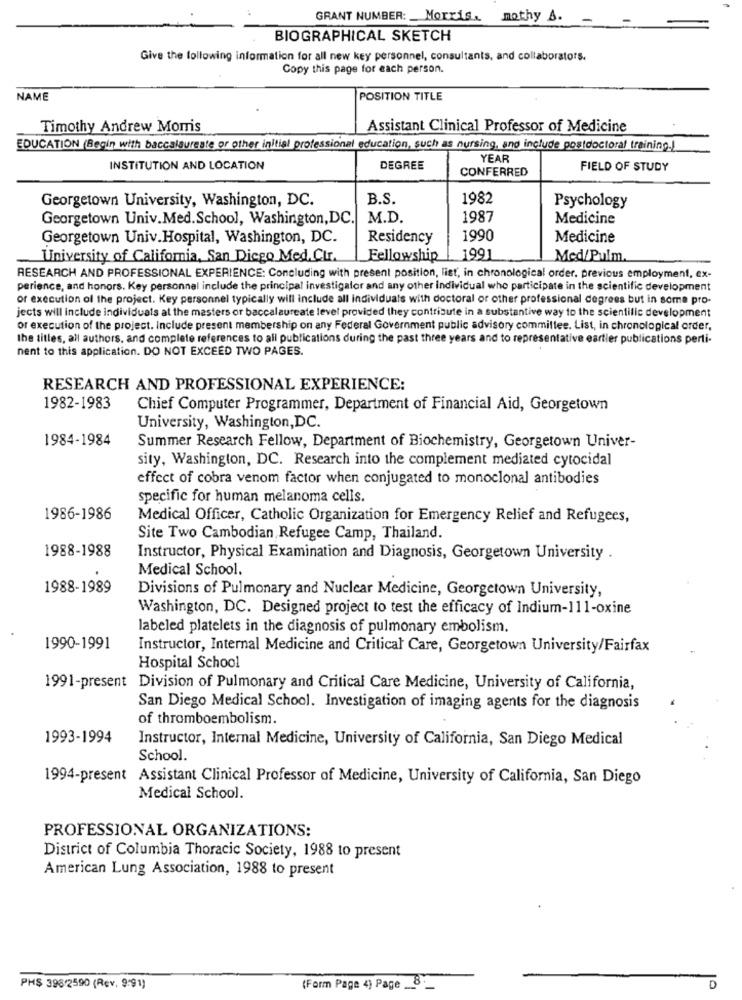
GRANT NUMBER: Morris, mothy A.
BIOGRAPHICAL SKETCH
Give the following information for all new key personnel, consultants, and collaborators.
Copy this page for each person.
NAME
POSITION TITLE
Timothy Andrew Morris
Assistant Clinical Professor of Medicine
EDUCATION (Begin with baccalaureate or other initial professional education, such as nursing, and include postdoctoral training .!
YEAR
INSTITUTION AND LOCATION
DEGREE
CONFERRED
FIELD OF STUDY
Georgetown University, Washington, DC.
B.S.
1982
Psychology
Georgetown Univ.Med.School, Washington,DC. M.D.
1987
Medicine
Georgetown Univ. Hospital, Washington, DC.
Residency
1990
Medicine
University of California, San Diego Med. Clr.
Fellowship
1991
Med/Pulm.
RESEARCH AND PROFESSIONAL EXPERIENCE: Concluding with present position, list, in chronological order, previous employment, ex-
perience, and honors. Key personnel include the principal investigator and any other individual who participate in the scientific development
or execution of the project. Key personnel typically will include all individuals with doctoral or other professional degrees but in some pro-
jects will include individuals at the masters or baccalaureate level provided they contribute in a substantive way to the scientific development
or execution of the project. Include present membership on any Federal Government public advisory committee. List, in chronological order,
the titles, all authors, and complete references to all publications during the past three years and to representative eartier publications perti-
nent to this application. DO NOT EXCEED TWO PAGES.
RESEARCH AND PROFESSIONAL EXPERIENCE:
1982-1983
Chief Computer Programmer, Department of Financial Aid, Georgetown
University, Washington,DC.
1984-1984
Summer Research Fellow, Department of Biochemistry, Georgetown Univer-
sity, Washington, DC. Research into the complement mediated cytocidal
effect of cobra venom factor when conjugated to monoclonal antibodies
specific for human melanoma cells.
1986-1986
Medical Officer, Catholic Organization for Emergency Relief and Refugees,
Site Two Cambodian Refugee Camp, Thailand.
1988-1988
Instructor, Physical Examination and Diagnosis, Georgetown University .
Medical School.
1988-1989
Divisions of Pulmonary and Nuclear Medicine, Georgetown University,
Washington, DC. Designed project to test the efficacy of Indium-111-oxine
labeled platelets in the diagnosis of pulmonary embolism.
1990-1991
Instructor, Internal Medicine and Critical Care, Georgetown University/Fairfax
Hospital School
1991-present Division of Pulmonary and Critical Care Medicine, University of California,
San Diego Medical School. Investigation of imaging agents for the diagnosis
of thromboembolism.
1993-1994
Instructor, Internal Medicine, University of California, San Diego Medical
School.
1994-present Assistant Clinical Professor of Medicine, University of California, San Diego
Medical School.
PROFESSIONAL ORGANIZATIONS:
District of Columbia Thoracic Society, 1988 to present
American Lung Association, 1988 to present
PH$ 396/2590 (Rev. 991)
(Form Page 4) Page _8 :_
D